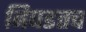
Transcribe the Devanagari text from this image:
बिघडतच